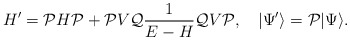
\begin{align*} H' = {\cal P}H{\cal P} + {\cal P}V{\cal Q}\frac{1}{E-H}{\cal Q}V{\cal P}, \quad |\Psi' \rangle = {\cal P}|\Psi \rangle.\end{align*}